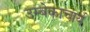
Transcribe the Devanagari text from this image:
उम्बेकाचार्य